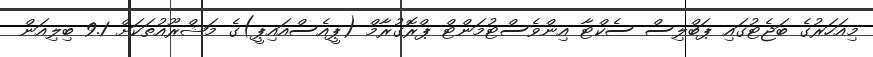
މިއަހަރުގެ ބަޖެޓުގައި ޕަބްލިސް ސެކްޓާ އިންވެސްޓުމަންޓް ޕްރޮގުރާމް (ޕީއެސްއައިޕީ)ގެ މަޝްރޫއުތަކަށް 9.1 ބިލިއަން